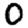
Digit: 0